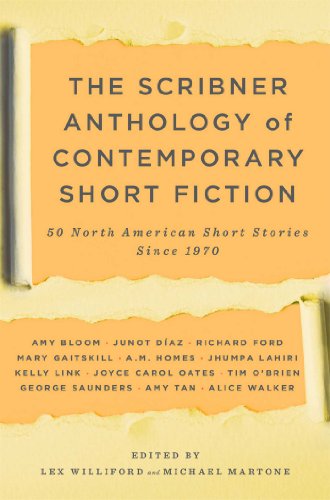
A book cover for The Scribner Anthology of Contemporary Short Fiction: 50 North American Stories Since 1970 (Touchstone Books); Literature & Fiction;